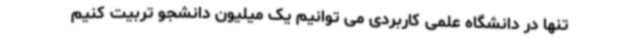
تنها در دانشگاه علمی کاربردی می توانیم یک میلیون دانشجو تربیت کنیم